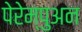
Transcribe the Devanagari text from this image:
पेरेम्पुअन